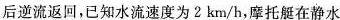
后逆流返回，已知水流速度为2km/h，摩托艇在静水